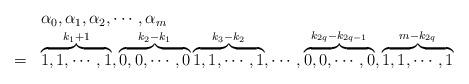
LaTeX: \begin{align*}\begin{array}{lll}& &\alpha_{0},\alpha_{1},\alpha_{2},\cdots,\alpha_{m}\\&=&\overbrace{1,1,\cdots,1}^{k_{1}+1},\overbrace{0,0,\cdots,0}^{k_{2}-k_{1}}\overbrace{1,1,\cdots,1}^{k_{3}-k_{2}},\cdots,\overbrace{0,0,\cdots,0}^{k_{2q}-k_{2q-1}},\overbrace{1,1,\cdots,1}^{m-k_{2q}}\end{array}\end{align*}